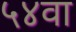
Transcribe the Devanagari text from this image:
५४वा